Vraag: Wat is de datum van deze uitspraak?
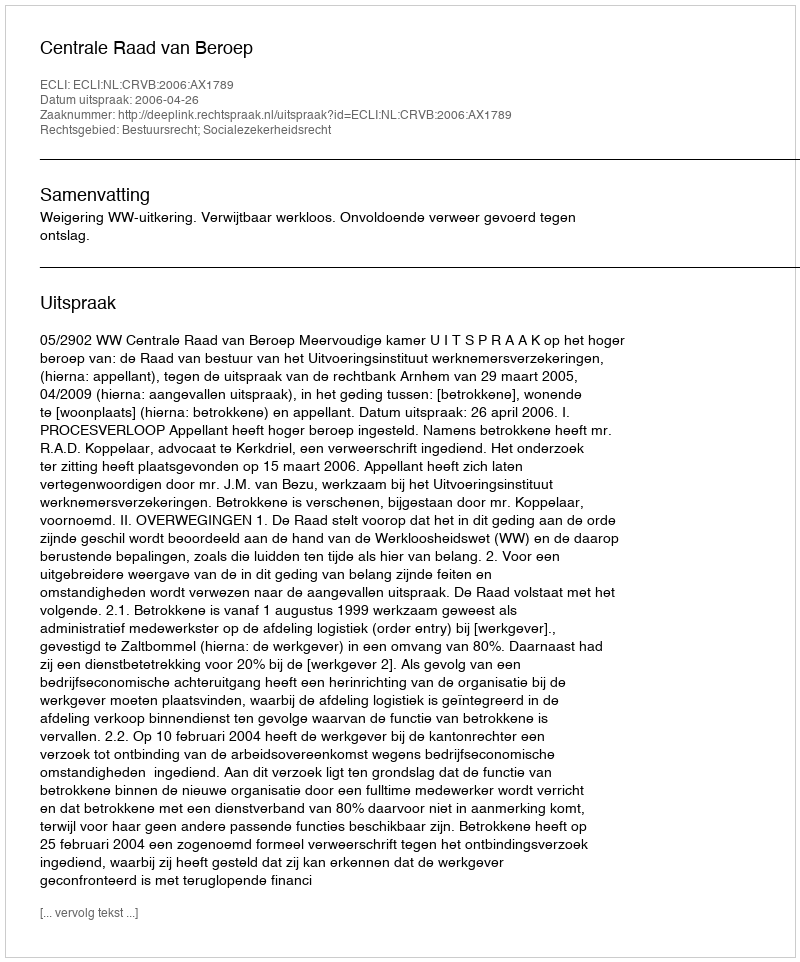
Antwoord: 2006-04-26